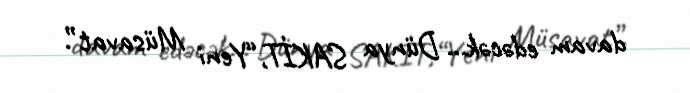
davam edəcək... Dünya SAKİT,“Yeni Müsavat”.